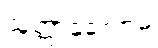
သုတ္တာနုလောမံ